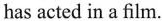
has acted in a film